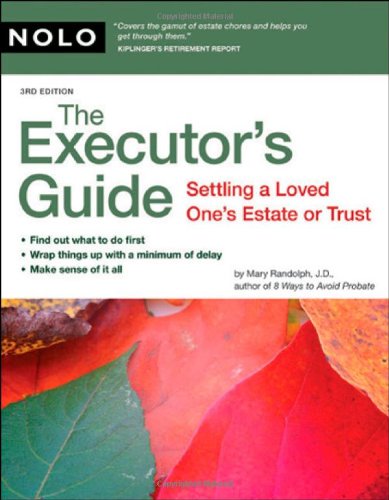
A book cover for The Executor's Guide: Settling a Loved One's Estate or Trust; Mary Randolph J.D.; Law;